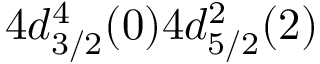
4 d _ { 3 / 2 } ^ { 4 } ( 0 ) 4 d _ { 5 / 2 } ^ { 2 } ( 2 )